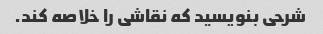
شرحی بنویسید که نقاشی را خلاصه کند.